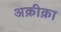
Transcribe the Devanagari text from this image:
अक़ीक़ा